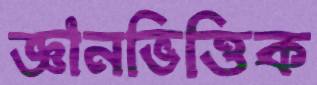
জ্ঞানভিত্তিক